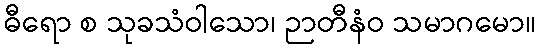
ဓီရော စ သုခသံဝါသော၊ ဉာတီနံဝ သမာဂမော။